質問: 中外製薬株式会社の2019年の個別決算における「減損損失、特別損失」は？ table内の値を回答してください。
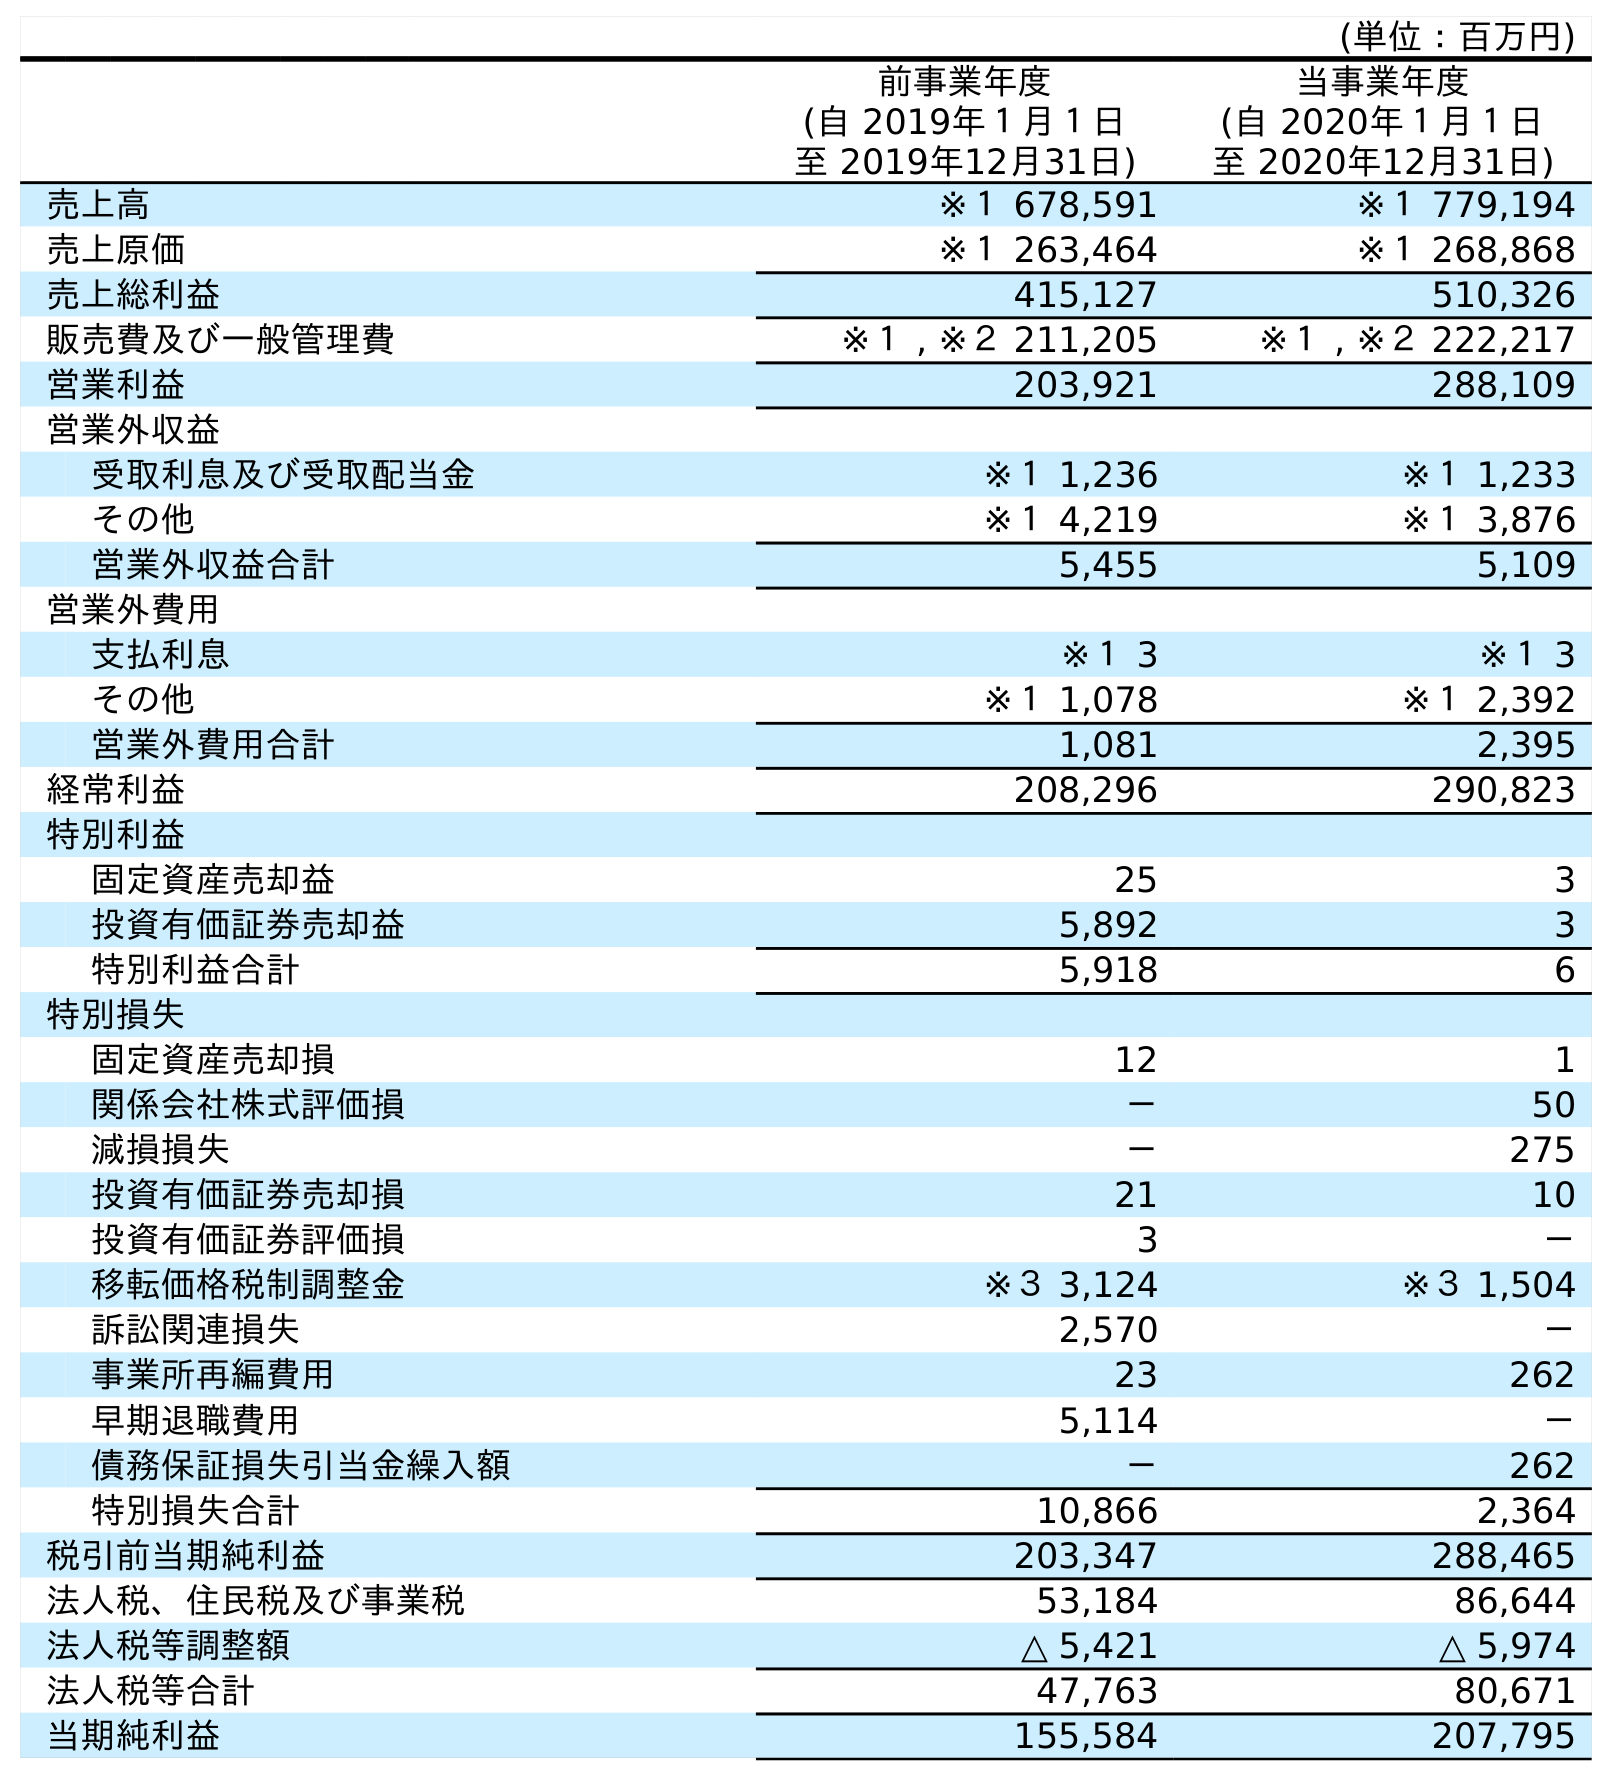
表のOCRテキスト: (単位：百万円) 前事業年度 (自 2019年１月１日 至 2019年12月31日) 当事業年度 (自 2020年１月１日 至 2020年12月31日) 売上高 ※１ 678,591 ※１ 779,194 売上原価 ※１ 263,464 ※１ 268,868 売上総利益 415,127 510,326 販売費及び一般管理費 ※１ , ※２ 211,205 ※１ , ※２ 222,217 営業利益 203,921 288,109 営業外収益 受取利息及び受取配当金 ※１ 1,236 ※１ 1,233 その他 ※１ 4,219 ※１ 3,876 営業外収益合計 5,455 5,109 営業外費用 支払利息 ※１ 3 ※１ 3 その他 ※１ 1,078 ※１ 2,392 営業外費用合計 1,081 2,395 経常利益 208,296 290,823 特別利益 固定資産売却益 25 3 投資有価証券売却益 5,892 3 特別利益合計 5,918 6 特別損失 固定資産売却損 12 1 関係会社株式評価損 － 50 減損損失 － 275 投資有価証券売却損 21 10 投資有価証券評価損 3 － 移転価格税制調整金 ※３ 3,124 ※３ 1,504 訴訟関連損失 2,570 － 事業所再編費用 23 262 早期退職費用 5,114 － 債務保証損失引当金繰入額 － 262 特別損失合計 10,866 2,364 税引前当期純利益 203,347 288,465 法人税、住民税及び事業税 53,184 86,644 法人税等調整額 △ 5,421 △ 5,974 法人税等合計 47,763 80,671 当期純利益 155,584 207,795
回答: －